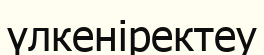
үлкеніректеу